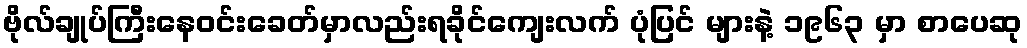
ဗိုလ်ချုပ်ကြီးနေဝင်းခေတ်မှာလည်းရခိုင်ကျေးလက် ပုံပြင် များနဲ့ ၁၉၆၃ မှာ စာပေဆု